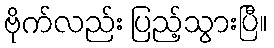
ဗိုက်လည်း ပြည့်သွားပြီ။